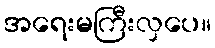
အရေးမကြီးလှပေ။